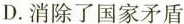
D.消除了国家矛盾